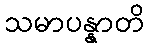
သမာပန္နာတိ